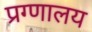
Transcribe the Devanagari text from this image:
प्रग्णालय